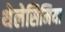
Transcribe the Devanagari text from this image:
थेलेसिमिया